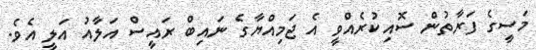
މަސީގެ ފަރާތުން ސޮއިކުރެއްވީ އެ ޖަމިއްޔާގެ ނައިބް ރައީސް އަލާއު އަލީ އެވެ.